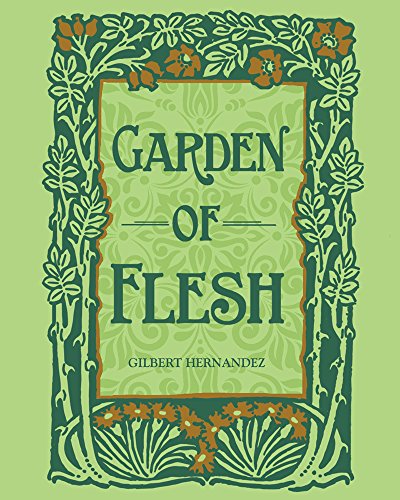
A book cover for Garden Of Flesh; Gilbert Hernandez; Comics & Graphic Novels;